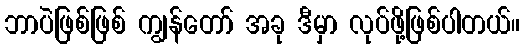
ဘာပဲဖြစ်ဖြစ် ကျွန်တော် အခု ဒီမှာ လုပ်ဖို့ဖြစ်ပါတယ်။